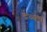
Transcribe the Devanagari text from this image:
द्रव्येच